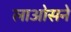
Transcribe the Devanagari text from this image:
लाओसने